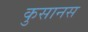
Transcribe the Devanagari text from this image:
कुसानस